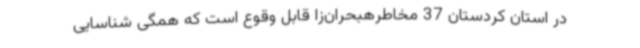
در استان کردستان 37 مخاطرهبحران‌زا قابل وقوع است که همگی شناسایی